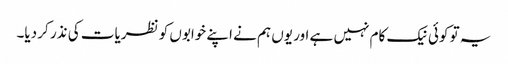
یہ تو کوئی نیک کام نہیں ہے اور یوں ہم نے اپنے خوابوں کو نظریات کی نذر کر دیا۔